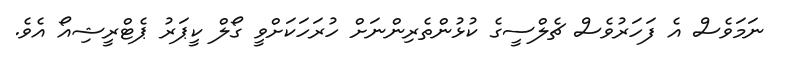
ނަމަވެސް އެ ފަހަރުވެސް ޗެލްސީގެ ކުޅުންތެރިންނަށް ހުރަހަކަށްވީ ގޯލް ކީޕަރު ޕެޓްރީޝިއޯ އެވެ.